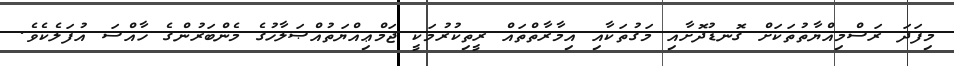
މިފަަދަ ރަސްމިއްޔާތުތަކަށް ގޮނޑުދޮށާއި މަގުތަކާއި އިމާރާތްތައް ރީތިކުރުމަކީ ޖަމްޢިއްޔަތުއްޞަލާހުގެ މެންބަރުންގެ ހާއްސަ އުފަލެކެވެ.